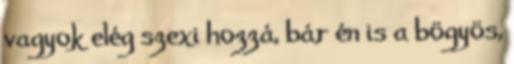
vagyok elég szexi hozzá, bár én is a bögyös,